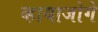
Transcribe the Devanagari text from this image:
व्हायाजोगे